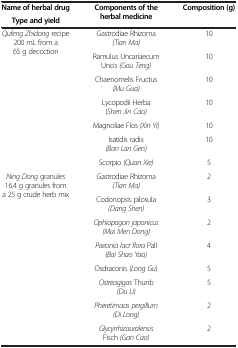
| Name of herbal drug | <ROWSPAN=2> Components of the herbal medicine | <ROWSPAN=2> Composition (g) |
 | Type and yield |
 | --- | --- | --- |
 | <ROWSPAN=7> Qufeng Zhidong recipe 200 mL from a 65 g decoction | Gastrodiae Rhizoma (Tian Ma) | 10 |
 | Ramulus Uncariaecum Uncis (Gou Teng) | 10 |
 | Chaenomelis Fructus (Mu Gua) | 10 |
 | Lycopodii Herba (Shen Jin Cao) | 10 |
 | Magnoliae Flos (Xin Yi) | 10 |
 | Isatidis radix (Ban Lan Gen) | 10 |
 | Scorpio (Quan Xie) | 5 |
 | <ROWSPAN=8> Ning Dong granules 16.4 g granules from a 25 g crude herb mix | Gastrodiae Rhizoma (Tian Ma) | 2 |
 | Codonopsis pilosula (Dang Shen) | 3 |
 | Ophiopogon japonicus (Mai Men Dong) | 2 |
 | Paeonia lact flora Pall (Bai Shao Yao) | 4 |
 | Osdraconis (Long Gu) | 5 |
 | Ostreagigas Thunb (Du Li) | 5 |
 | Pheretimaas pergillum (Di Long) | 2 |
 | Glycyrrhizauralensis Fisch (Gan Cao) | 2 |